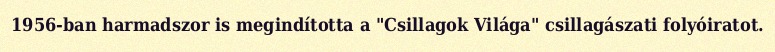
1956-ban harmadszor is megindította a "Csillagok Világa" csillagászati folyóiratot.